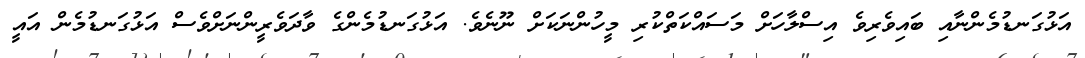
އަޅުގަނޑުމެންނާއި ބައިވެރިވެ އިސްލާހަށް މަސައްކަތްކުރި މީހުންނަކަށް ނޫނެވެ. އަޅުގަނޑުމެންގެ ވާދަވެރީންނަށްވެސް އަޅުގަނޑުމެން އައީ